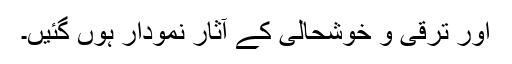
اور ترقی و خوشحالی کے آثار نمودار ہوں گئیں۔